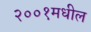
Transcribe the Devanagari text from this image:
२००१मधील